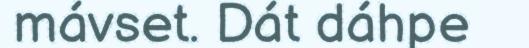
mávset. Dát dáhpe